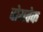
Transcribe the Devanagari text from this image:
वोयतेक